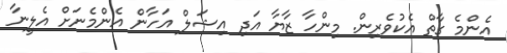
އެންމެ ގާތް އެކުވެރިން. މިންހާ ޒާޔާ އަދި އިޝަލް އަހާން އެންމެނަށް އެލީނާ